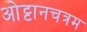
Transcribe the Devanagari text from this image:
ओट्टानचत्रम